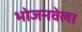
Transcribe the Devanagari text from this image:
भोजनवेला